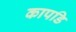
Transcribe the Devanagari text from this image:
कापडि